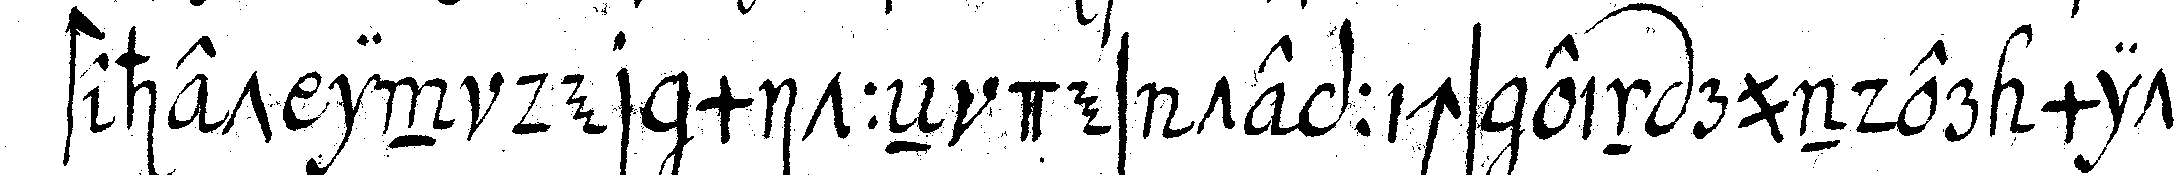
stehet in der mitteN des teppichs ein runder mit